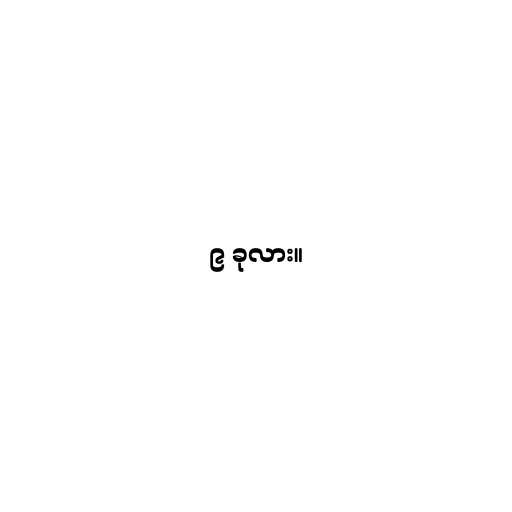
၉ ခုလား။